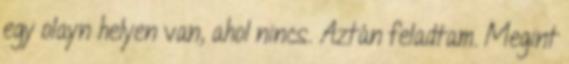
egy olayn helyen van, ahol nincs. Aztán feladtam. Megint